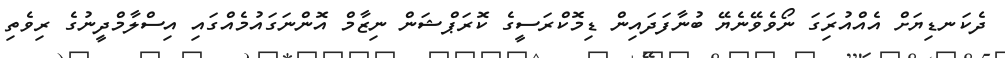
ދެކަނޑިޔަށް އެއްއުރަިގަ ނޯވެވޭނެޔޭ ބުނާފަދައިން ޑިމޮކްރަސީގެ ކޮރަޕްޝަން ނިޒާމް އޮންނަގައުމެއްގައި އިސްލާމްދީނުގެ ރިވެތި